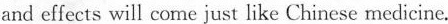
and effects will come just like Chinese medicine.